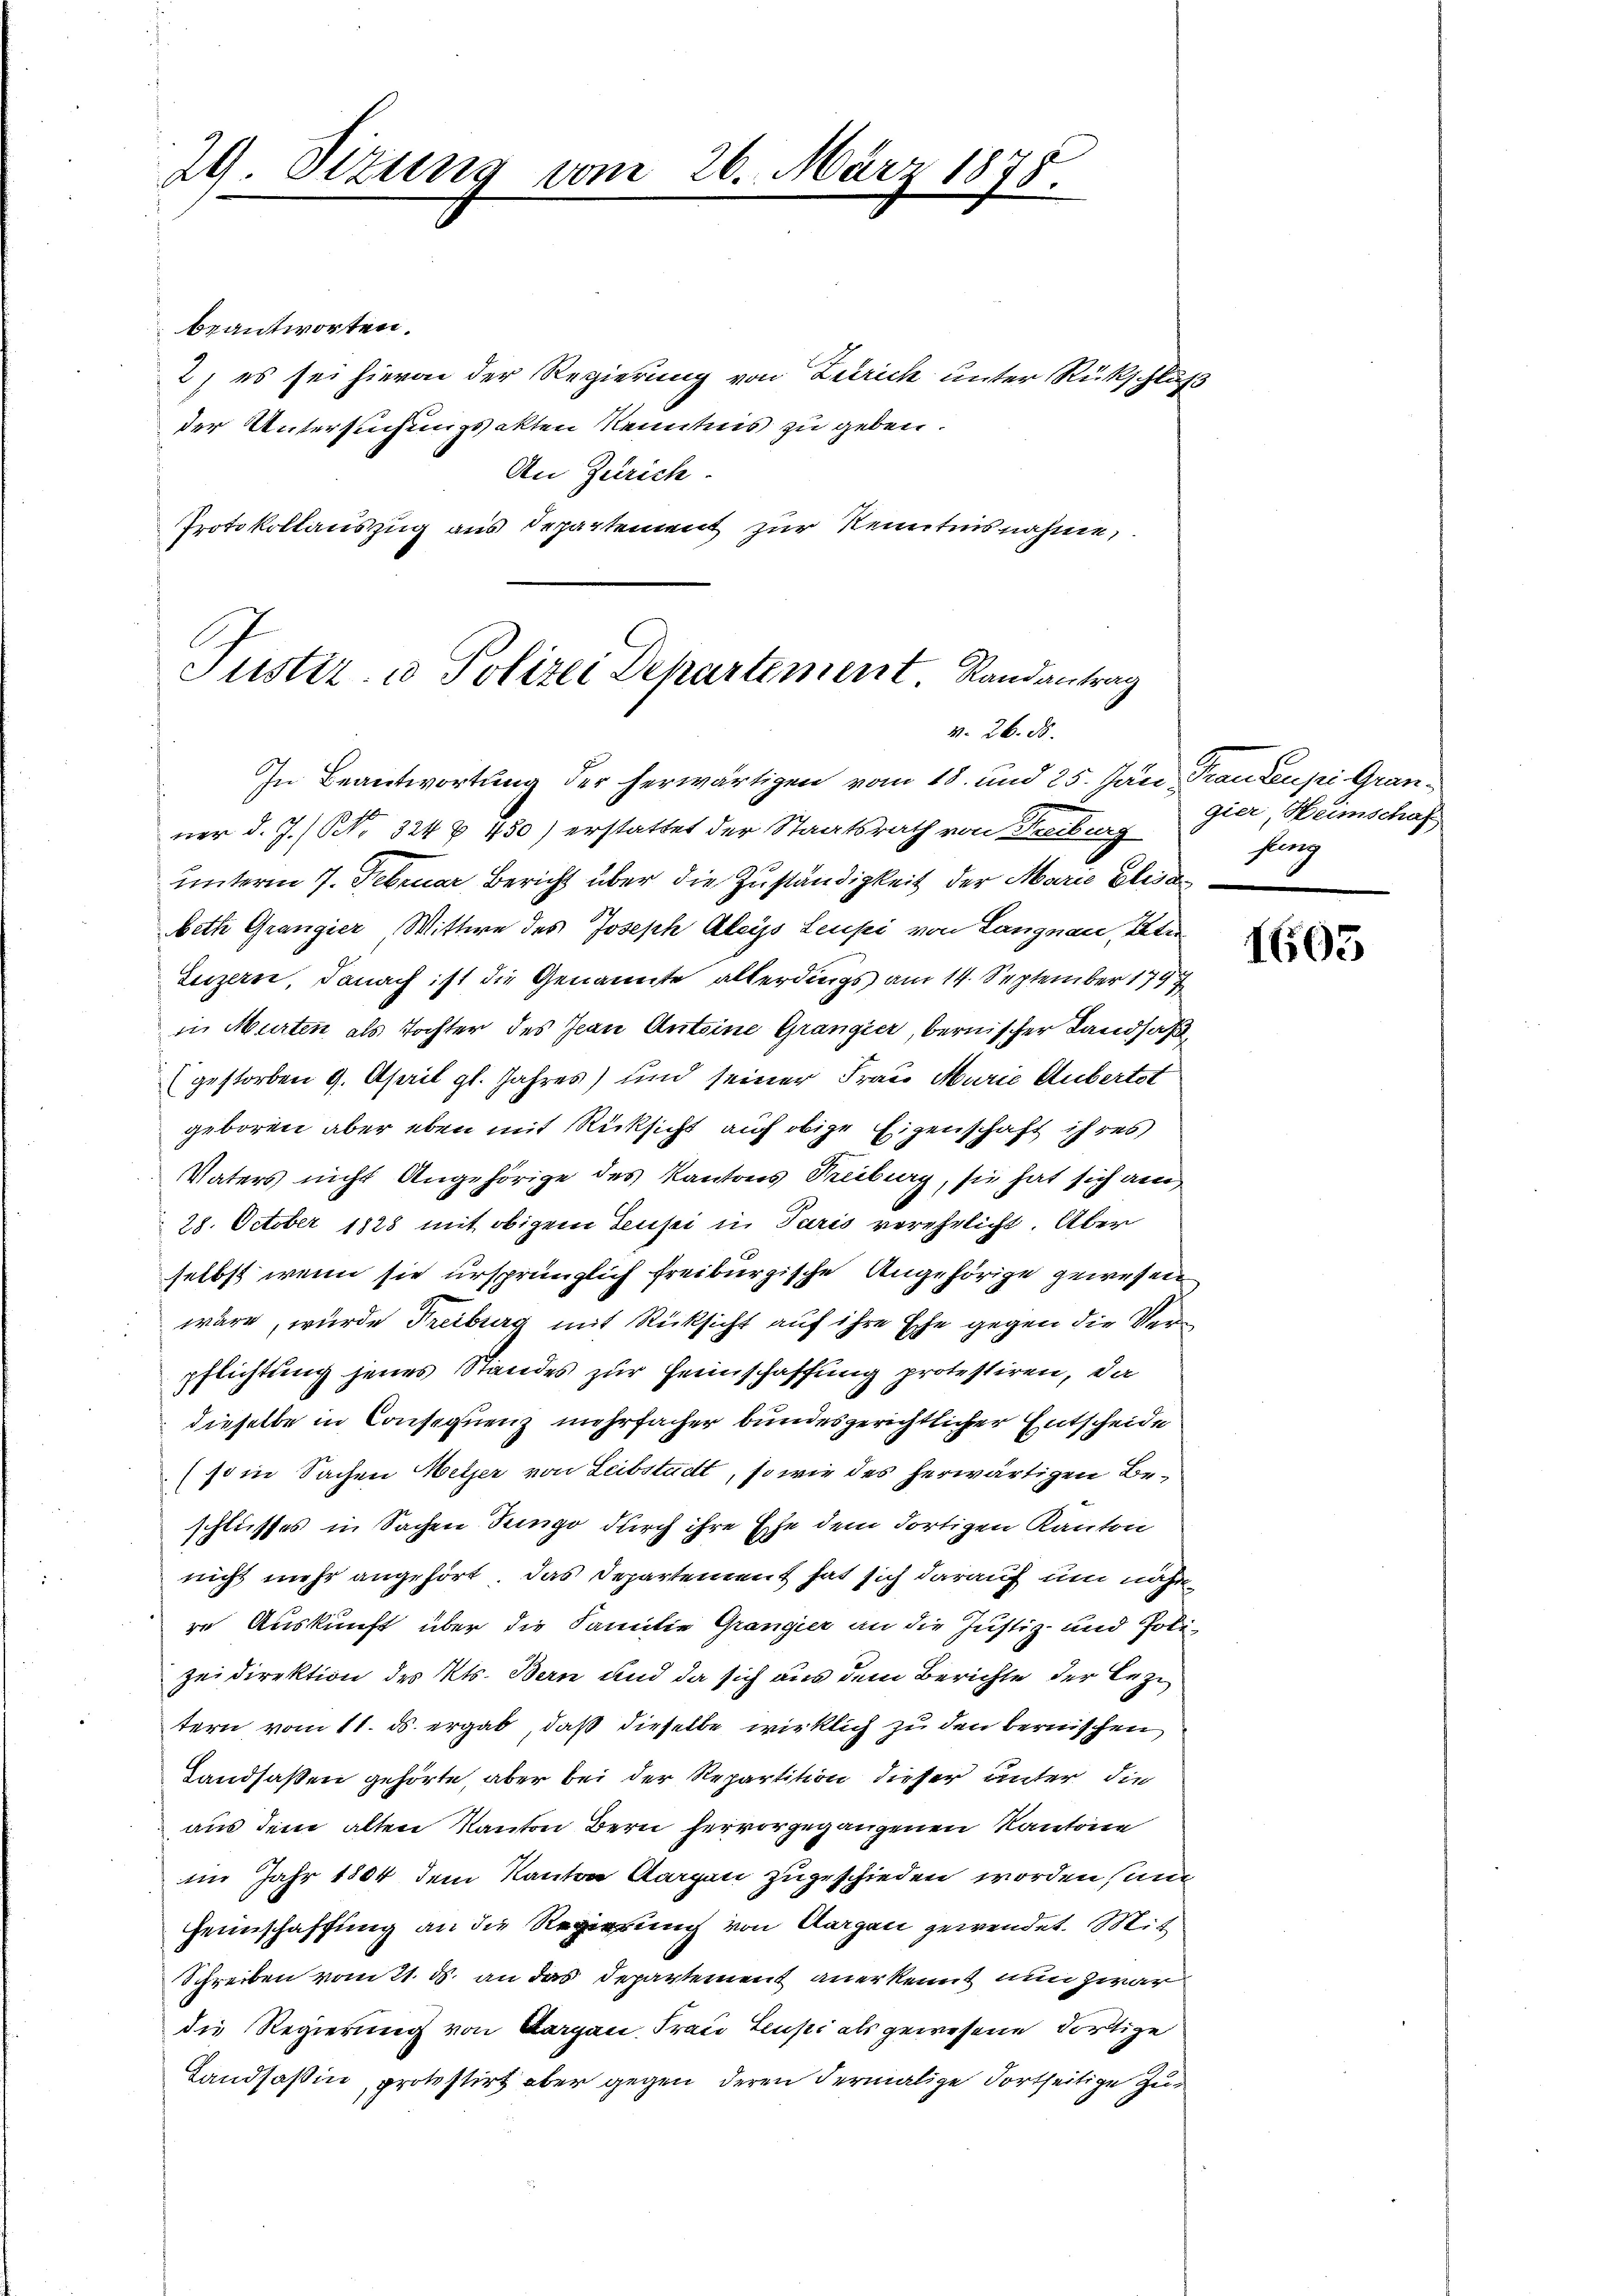
29. Sizung vom

26. März 1875.

beantworten.
2) es sei hievon der Regierung von Zürich unter Rückschluß
der Untersuchungsakten Kenntnis zu geben.
An Zürich.
Protokollauszug aus Departement zur Kenntnisnahme,

Justiz- u Polizei Departement Randantrag
v. 26. d.

In Beantwortung der herwärtigen vom 18. und 25. Jan. Trauzeupi Granner d. J. / NNo. 324 § 750) erstattet der Staatsrath von Freiburg
unterm 7. Februar Bericht über die Zuständigkeit der Maria Elisa
beth Grangier, Wittwe des Joseph Aleys Leupi von Langnau, Ste
Luzerne, danach ist die Genannte allerdings am 14. September 1797
in Murten als Tochter des Jean Antoine Grangier, bernischer Landsaß
(gestorben 9. April gl. Jahres) und seiner Frau Murić Aubertet
geboren aber eben mit Rücksicht auf obige Eigenschaft ihres
Vaters nicht Angehörige des Kantons Treiburg, sie hat sich am
28. October 1828 mit obigem Lusei in Paris verehelicht. Aber
selbst wenn sie ursprünglich freiburgische Angehörige gewesen
wäre, wurde Freiburg mit Rücksicht auf ihre Ehe gegen die Verpflichtung jenes Standes zur Feinschaffung protestiren, da
dieselbe in Consequenz mehrfacher bundesgerichtlicher Entscheide
som Sachen Wetzer von Leibstadt, so wie des herwärtigen Beschliesses in Sachen Jungo durch ihre Ehe dem dortigen Kanton
nicht mehr angehört. Das Departement hat sich darauf um nähmre Auskunft über die Familie Gränz(...) an die Justiz- und Polizeidirektion des Kts. Bern und da sich aus dem Berichte der Bezi
tern vom 11. ds. ergab, daß dieselbe wirklich zu den bernischen
Landsaßen gehörte, aber bei der Repartition dieser unter die
aus dem alten Kanton Bern hervorgegangenen Kantone
im Jahr 1804 dem Kanton Aargau zugeschieden worden (und
Heimschaffung an die Regierung von Aargau gewendet. Mit
Schreiben vom 21. ds. an das Departement anerkennt nun zwar
die Regierung von Aargau, Frau Leusi als gewesene dortige
Landsaßin, protestirt aber gegen deren dermalige Fortseitige Zu¬

gier, Heimschaf
fling

1605